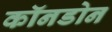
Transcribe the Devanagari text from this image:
कॉनडोन